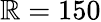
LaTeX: \mathbb{R}=150